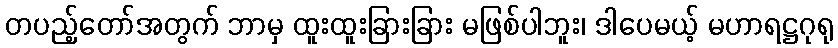
တပည့်တော်အတွက် ဘာမှ ထူးထူးခြားခြား မဖြစ်ပါဘူး၊ ဒါပေမယ့် မဟာရဋ္ဌဂုရု